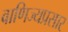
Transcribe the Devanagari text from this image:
वाणिज्यप्रसार